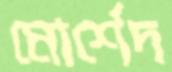
মোর্শেদ